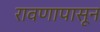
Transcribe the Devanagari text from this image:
रावणापासून